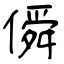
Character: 僢